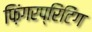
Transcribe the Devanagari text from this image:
फ़िंगरप्रिंटिंग